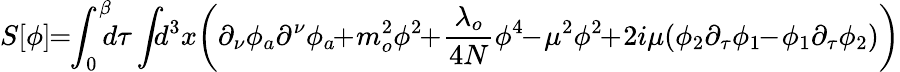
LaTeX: S[\phi]\! \! =\! \! \int_{0}^{\beta}\! \! \! d\tau\int\! \! \! d^{3}x\! \left(\partial_{\nu}\phi_{a}\partial^{\nu}\phi_{a}\! \! +\! m_{o}^{2}\phi^{2}\! \! +\! \frac{\lambda_{o}}{4N}\phi^{4}\! \! -\! \mu^{2}\phi^{2}\! \! +\! 2i\mu(\phi_{2}\partial_{\tau}\phi_{1}\! \! -\! \phi_{1}\partial_{\tau}\phi_{2})\right)